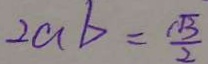
2 a b = \frac { \sqrt { 3 } } { 2 }